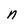
Character: n